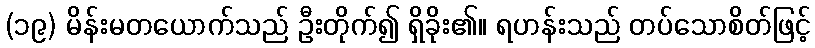
(၁၉) မိန်းမတယောက်သည် ဦးတိုက်၍ ရှိခိုး၏။ ရဟန်းသည် တပ်သောစိတ်ဖြင့်